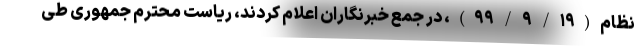
نظام(۹۹/۹/۱۹)، در جمع خبرنگاران اعلام کردند، ریاست محترم جمهوری طی